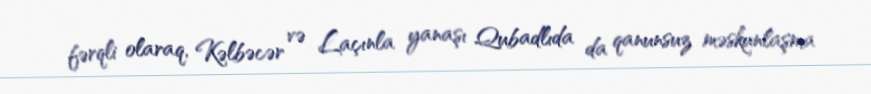
fərqli olaraq, Kəlbəcər və Laçınla yanaşı Qubadlıda da qanunsuz məskunlaşma